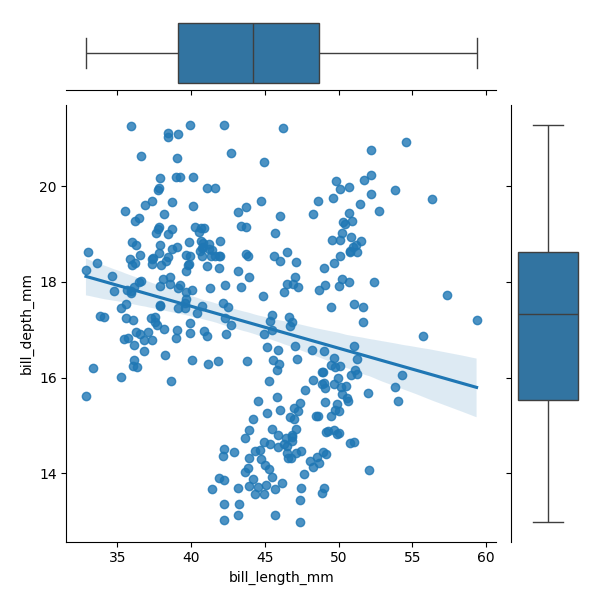
python, seaborn, JointGrid, regplot, boxplot